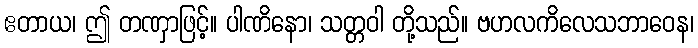
ဧတာယ၊ ဤ တဏှာဖြင့်။ ပါဏိနော၊ သတ္တဝါ တို့သည်။ ဗဟလကိလေသဘာဝေန၊